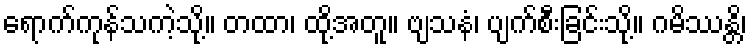
ရောက်ကုန်သကဲ့သို့။ တထာ၊ ထို့အတူ။ ဗျသနံ၊ ပျက်စီးခြင်းသို့။ ဂမိဿန္တိ၊